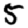
Digit: 5